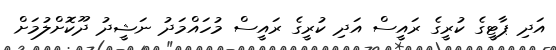
އަދި ޕާޓީގެ ކުރީގެ ރައީސް އަދި ކުރީގެ ރައީސް މުހައްމަދު ނަޝީދު ދޫކޮށްލުމަށް